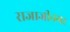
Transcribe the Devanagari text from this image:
राजाजीनगर